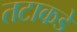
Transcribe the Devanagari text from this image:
तटाकडे